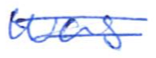
Text: was
Cross-out: double-line
Writing tool: ballpoint